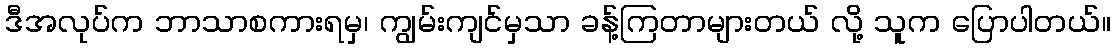
ဒီအလုပ်က ဘာသာစကားရမှ၊ ကျွမ်းကျင်မှသာ ခန့်ကြတာများတယ် လို့ သူက ပြောပါတယ်။